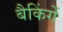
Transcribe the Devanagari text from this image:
बैकिंगें